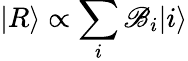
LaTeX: |R\rangle\propto\sum_{i}\mathscr{B}_{i}|i\rangle